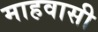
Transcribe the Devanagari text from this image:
माहवासी